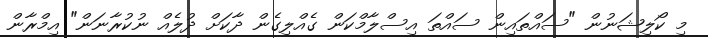
މި ކޯލިޝަނުން "ސައްތައިން ސައްތަ އިސްލާމްކަން ގެއްލިގެން ދާކަށް ދުލެއް ނުކުރާނަން" އިމްރާން